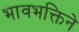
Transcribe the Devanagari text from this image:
भावभक्तिने